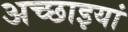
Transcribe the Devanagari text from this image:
अच्छाइयां